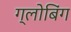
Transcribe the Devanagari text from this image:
ग्लोबिंग